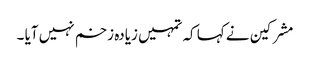
مشرکین نے کہا کہ تمہیں زیادہ زخم نہیں آیا ۔